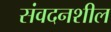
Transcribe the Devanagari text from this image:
संवदनशील